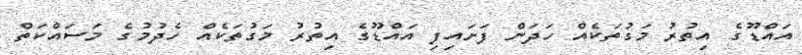
އައްޑޫގެ އިތުރު މަގުތަކެއް ހަދަން ފަށައިފި އައްޑޫގެ އިތުރު މަގުތަކެއް ހެދުމުގެ މަސައްކަތް